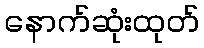
နောက်ဆုံးထုတ်